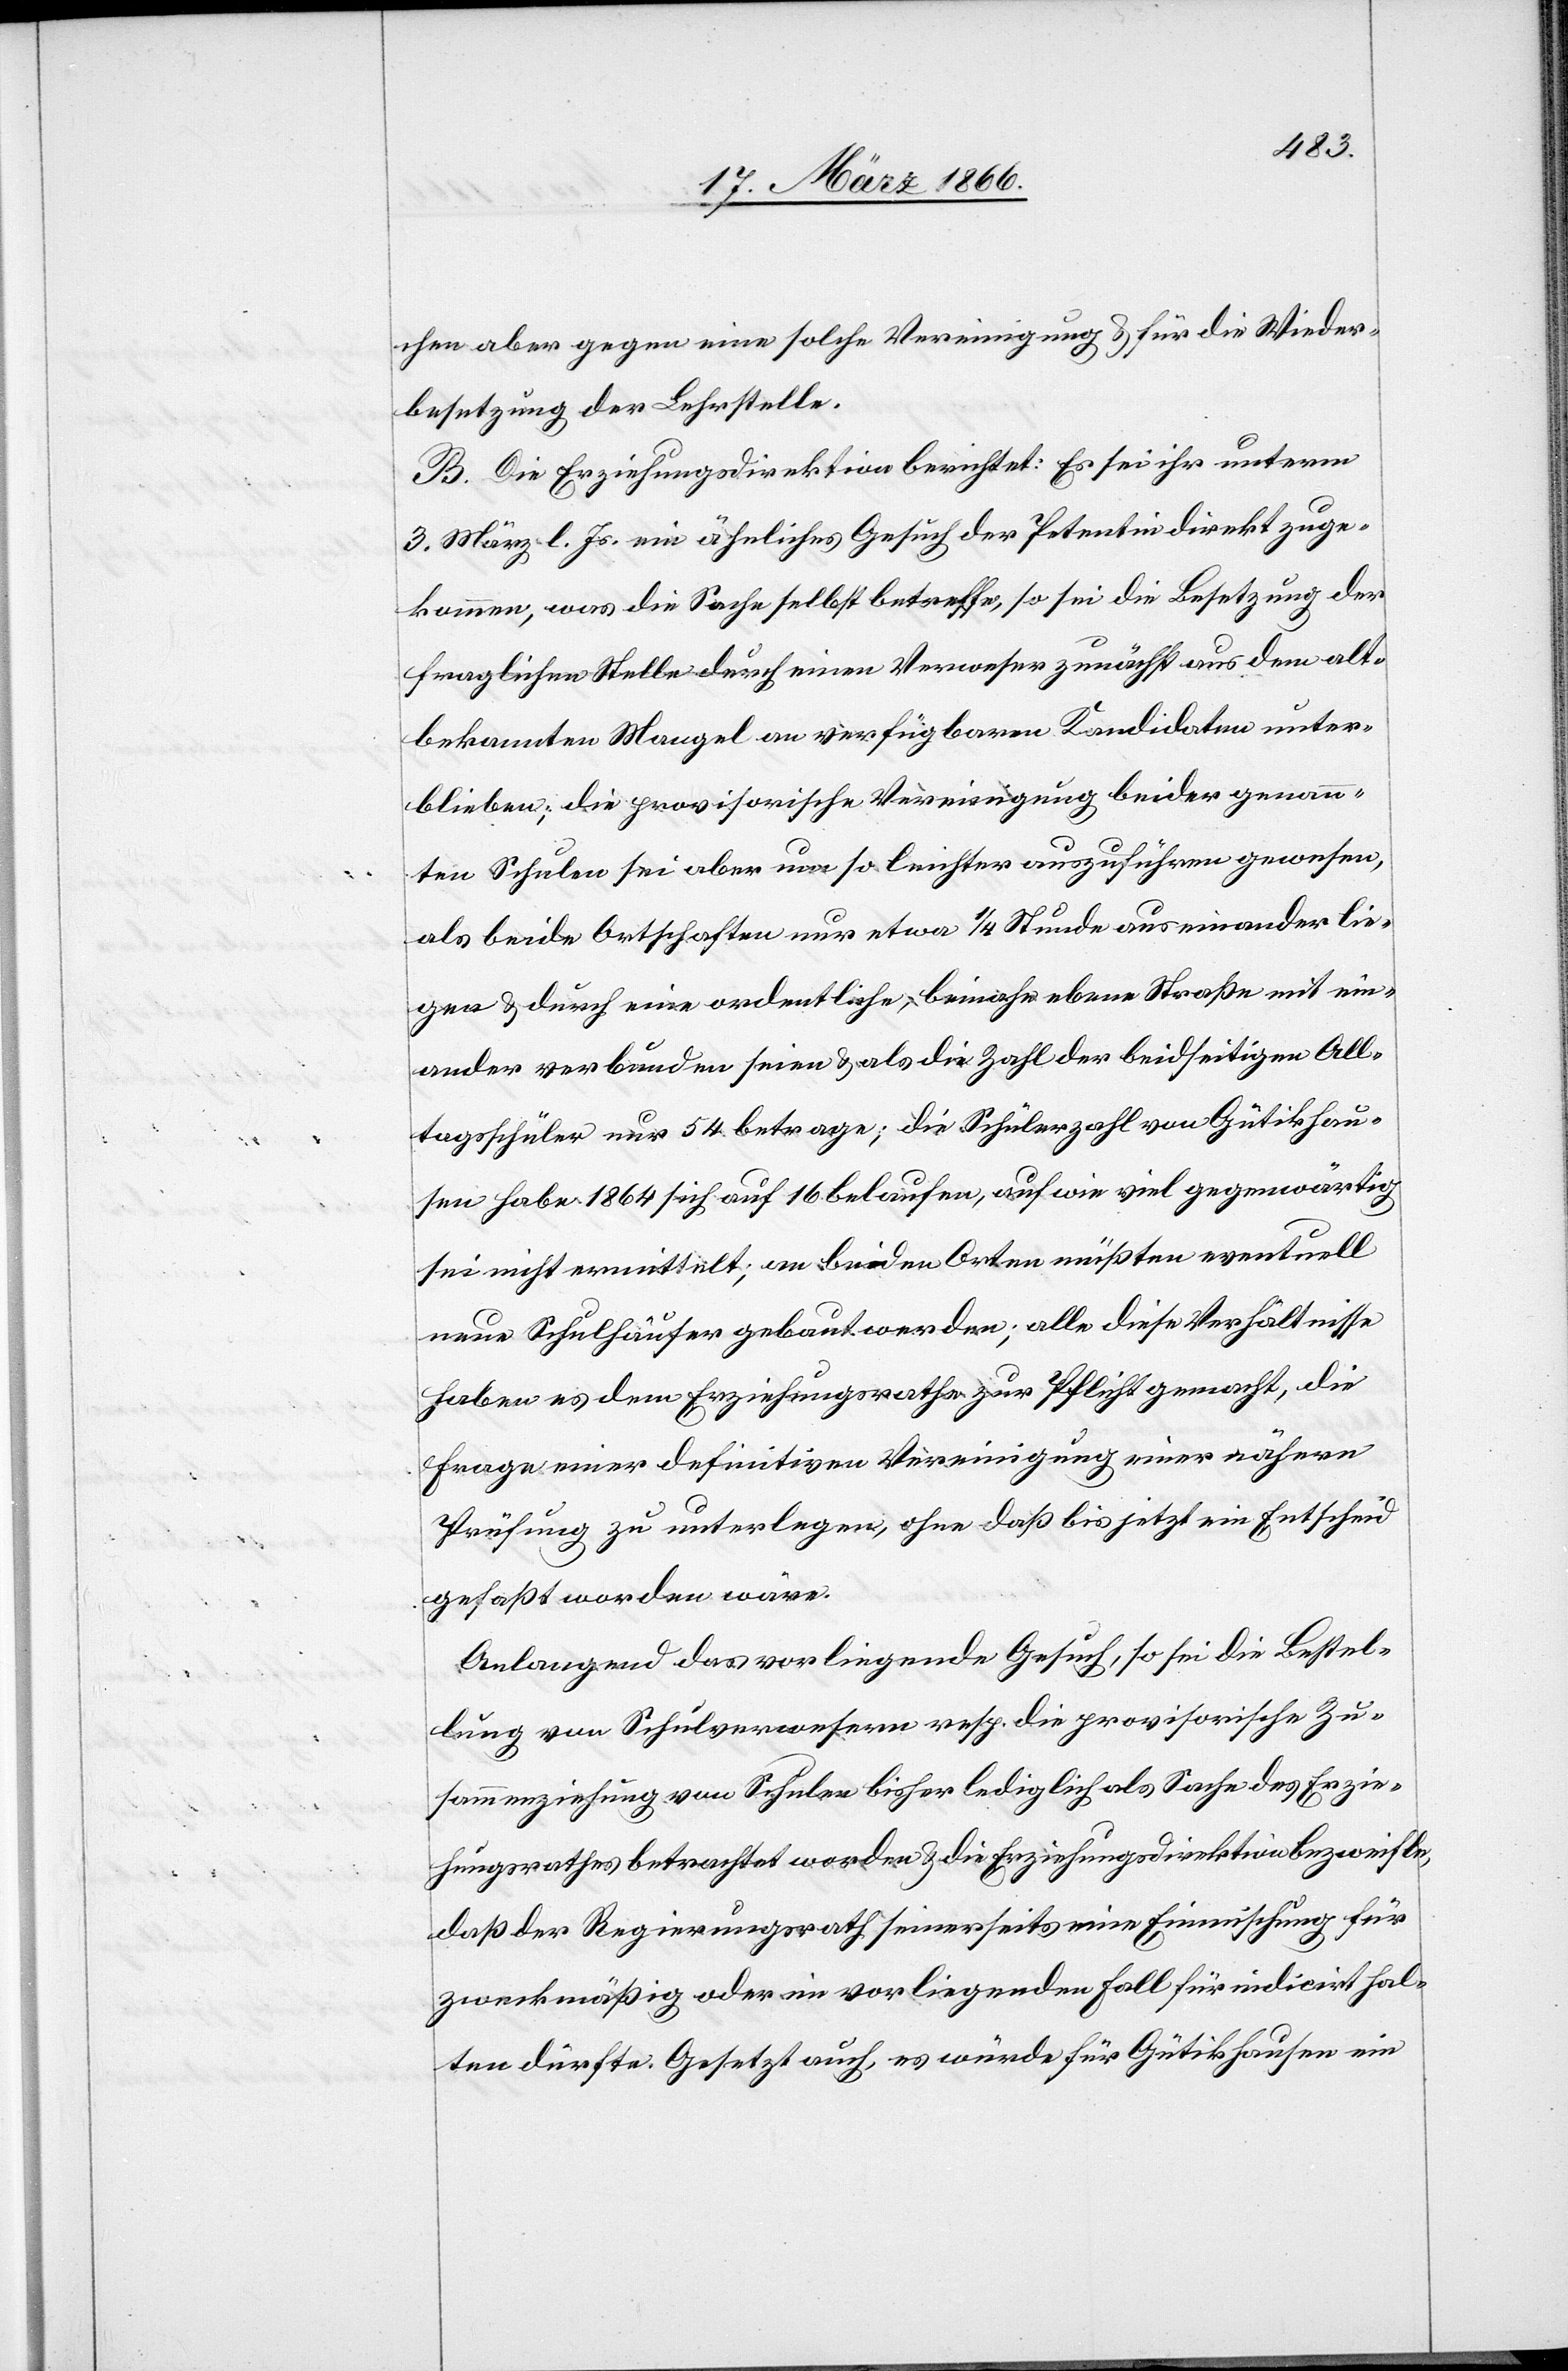
chen aber gegen eine solche Vereinigung u. für die Wieder¬
besetzung der Lehrstelle.
B. Die Erziehungsdirektion berichtet: Es sei ihr unterm
3. März l. Js. ein ähnliches Gesuch der Petentin direkt zuge¬
kommen, was die Sache selbst betreffe, so sei die Besetzung der
fraglichen Stelle durch einen Verweser zunächst aus dem alt¬
bekannten Mangel an verfügbaren Kandidaten unter¬
blieben; die provisorische Vereinigung beider genann¬
ten Schulen sei aber um so leichter auszuführen gewesen,
als beide Orthschaften nur etwa ¼ Stunde auseinander lie¬
gen u. durch eine ordentliche, beinahe ebene Straße mit ein¬
ander verbunden seien u. als die Zahl der beidseitigen All¬
tagsschüler nur 54 betrage; die Schülerzahl von Gütikhau¬
sen habe 1864 sich auf 16 belaufen, auf wie viel gegenwärtig
sei nicht ermittelt; an beiden Orten müßten eventuell
neue Schulhäuser gebaut werden; alle diese Verhältnisse
haben es dem Erziehungsrathe zur Pflicht gemacht, die
Frage einer definitiven Vereinigung einer nähern
Prüfung zu unterlegen, ohne daß bis jetzt ein Entscheid
gefaßt worden wäre.
Anlangend das vorliegende Gesuch, so sei die Bestel¬
lung von Schulverwesern resp. die provisorische Zu¬
sammenziehung von Schulen bisher lediglich als Sache des Erzie¬
hungsrathes betrachtet worden u. die Erziehungsdirektion bezweifle,
daß der Regierungsrath seinerseits eine Einmischung für
zweckmäßig oder im vorliegenden Fall für indicirt hal¬
ten dürfte. Gesetzt auch, es würde für Gütikhausen ein